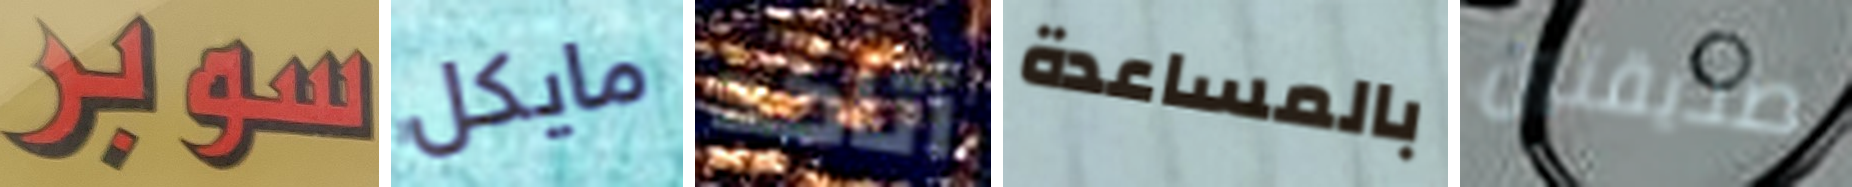
سوبر مايكل أتاكد بالمساعدة صديقتين